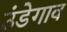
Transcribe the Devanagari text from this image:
उंडेगाव